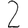
Digit: 2